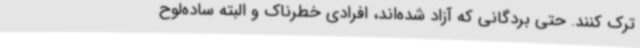
ترک کنند. حتی بردگانی که آزاد شده‌اند، افرادی خطرناک و البته ساده‌لوح